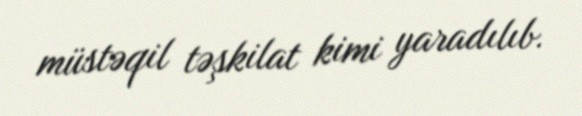
müstəqil təşkilat kimi yaradılıb.